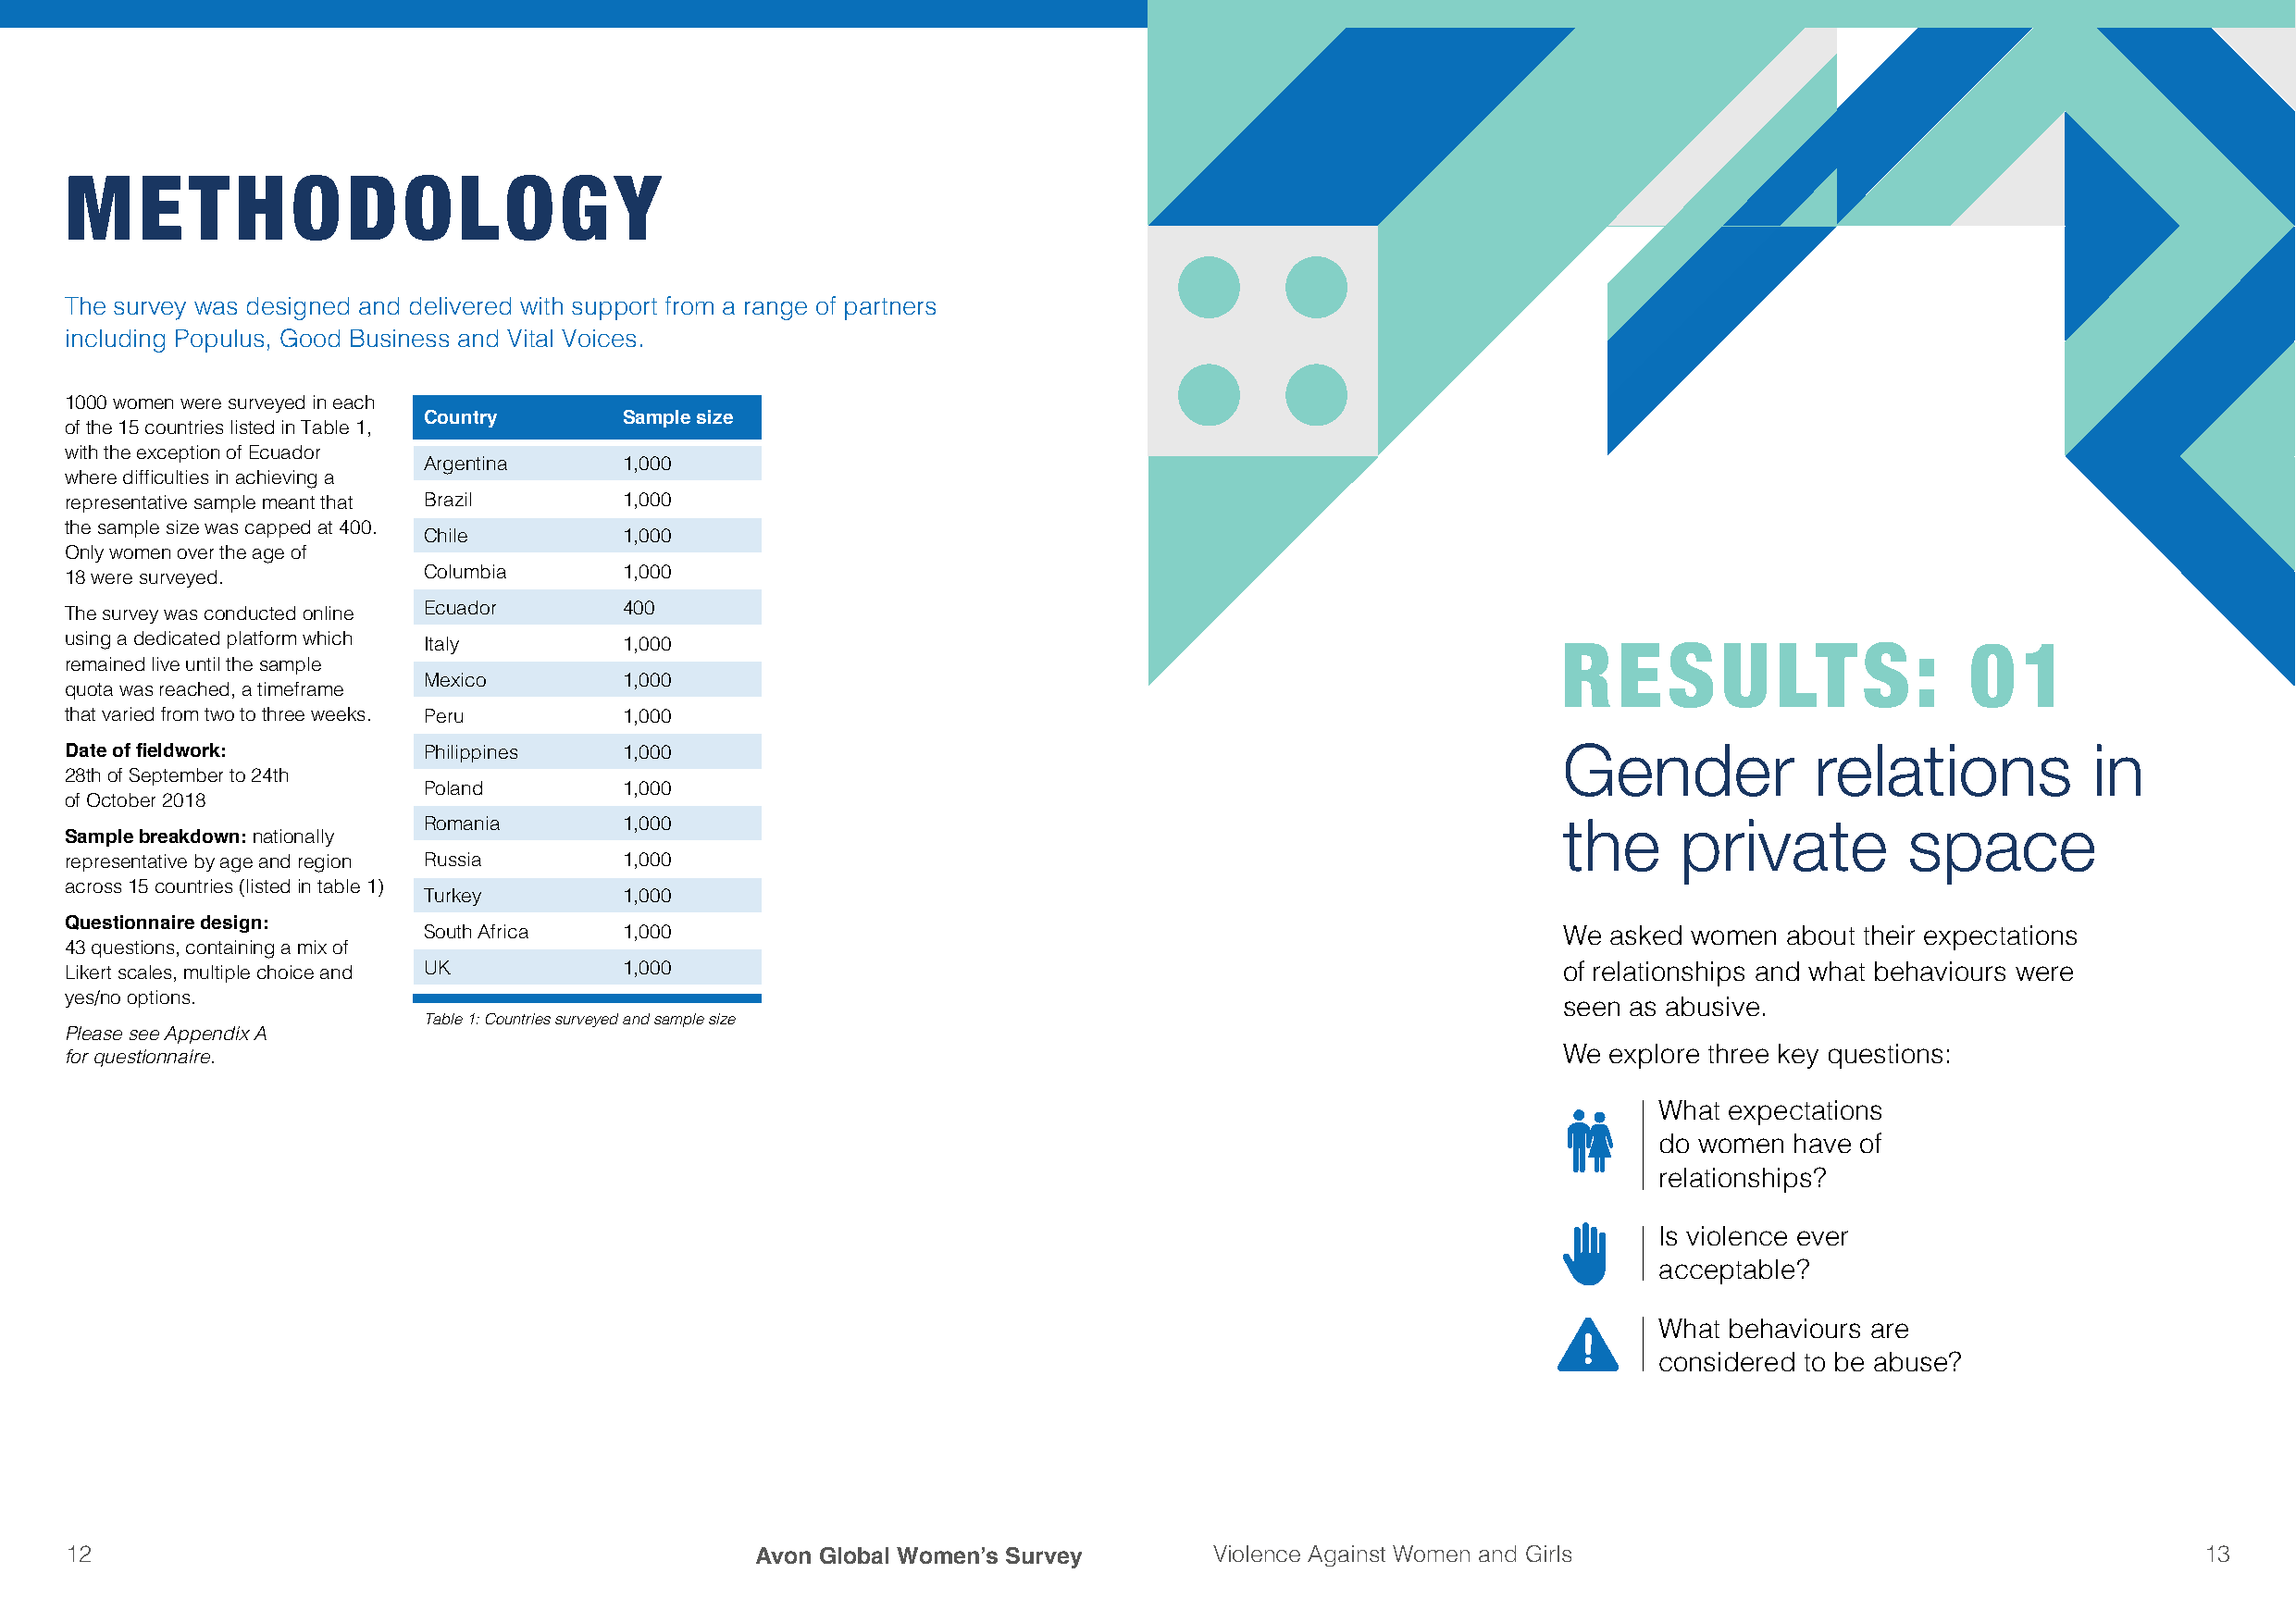
METHODOLOGY
 The survey was designed and delivered with support from a range of partners
 including Populus, Good Business and Vital Voices.
 1000 women were surveyed in each
 Country        Sample size
 of the 15 countries listed in Table 1,
 with the exception of Ecuador
 Argentina      1,000
 where difficulties in achieving a
 representative sample meant that Brazil 1,000
 the sample size was capped at 400.
 Chile          1,000
 Only women over the age of
 Columbia       1,000
 18 were surveyed.
 Ecuador        400
 The survey was conducted online
 using a dedicated platform which Italy  1,000
 RESULTS:                     01
 remained live until the sample
 Mexico         1,000
 quota was reached, a timeframe
 that varied from two to three weeks. Peru 1,000
 Date of fieldwork:       Philippines    1,000                                                              Gender            relations           in
 28th of September to 24th
 Poland         1,000
 of October 2018
 Romania        1,000                                                              the     private         space
 Sample breakdown: nationally
 representative by age and region Russia 1,000
 across 15 countries (listed in table 1)
 Turkey         1,000
 Questionnaire design:
 South Africa   1,000                                                              We asked women  about their expectations
 43 questions, containing a mix of
 Likert scales, multiple choice and UK   1,000                                                              of relationships and what behaviours were
 yes/no options.
 seen as abusive.
 Table 1: Countries surveyed and sample size
 Please see Appendix A
 for questionnaire.                                                                                         We explore three key questions:
 What expectations
 do women have of
 relationships?
 Is violence ever
 acceptable?
 What behaviours are
 considered to be abuse?
 12                                               Avon Global Women’s Survey       Violence Against Women and Girls                                       13